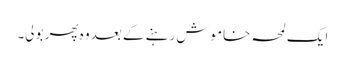
ایک لمحہ خاموش رہنے کے بعد وہ پھر بولی۔